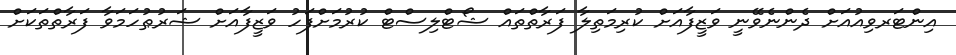
އިންޓަރވިއުއަށް ދެންނެވޭނީ ވަޒީފާއަށް ކުރިމަތިލާ ފަރާތްތައް ޝޯޓްލިސްޓް ކުރުމަށްފަހު ވަޒީފާއަށް ޝަރުޠުހަމަވާ ފަރާތްތަކަށް